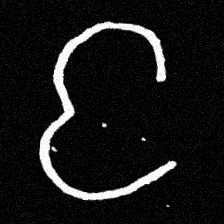
Pyu character \u2014 Myanmar letter: င (romanized: nga)